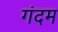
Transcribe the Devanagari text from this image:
गंदम